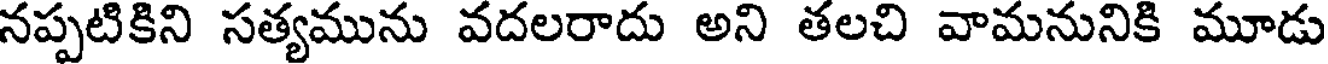
నప్పటికిని సత్యమును వదలరాదు అని తలచి వామనునికి మూడు